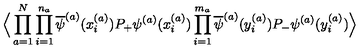
\Big \langle \prod _ { a = 1 } ^ { N } \prod _ { i = 1 } ^ { n _ { a } } \overline { { \psi } } ^ { ( a ) } ( x _ { i } ^ { ( a ) } ) P _ { + } \psi ^ { ( a ) } ( x _ { i } ^ { ( a ) } ) \prod _ { i = 1 } ^ { m _ { a } } \overline { { \psi } } ^ { ( a ) } ( y _ { i } ^ { ( a ) } ) P _ { - } \psi ^ { ( a ) } ( y _ { i } ^ { ( a ) } ) \Big \rangle